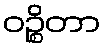
ဝဉ္စိတာ